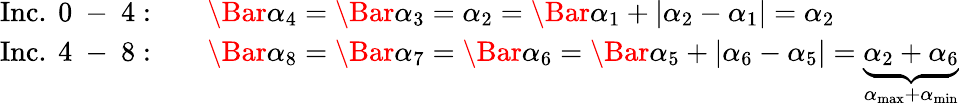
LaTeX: \begin{array}{rl}{\mathrm{Inc.~0~-~4:}\quad}&{\Bar{\alpha}_{4}=\Bar{\alpha}_{3}=\alpha_{2}=\Bar{\alpha}_{1}+|\alpha_{2}-\alpha_{1}|=\alpha_{2}}\\ {\mathrm{Inc.~4~-~8:}\quad}&{\Bar{\alpha}_{8}=\Bar{\alpha}_{7}=\Bar{\alpha}_{6}=\Bar{\alpha}_{5}+|\alpha_{6}-\alpha_{5}|=\underbrace{\alpha_{2}+\alpha_{6}}_{\alpha_{\mathrm{max}}+\alpha_{\mathrm{min}}}}\end{array}